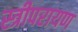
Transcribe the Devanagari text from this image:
स्त्रीपरायण